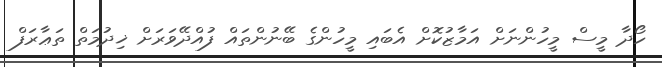
ހޯދާ މީސް މީހުންނަށް އަމާޒުކޮށް އެބައި މީހުންގެ ބޭނުންތައް ފުއްދޭވަރަށް ޚިދުމަތް ތަޢާރަފް